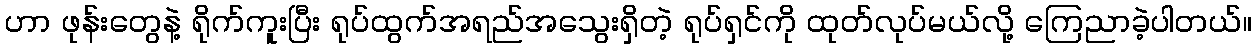
ဟာ ဖုန်းတွေနဲ့ ရိုက်ကူးပြီး ရုပ်ထွက်အရည်အသွေးရှိတဲ့ ရုပ်ရှင်ကို ထုတ်လုပ်မယ်လို့ ကြေညာခဲ့ပါတယ်။